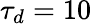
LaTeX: \tau_{d}=10